Report on vaccination in Madras 1904-1921 - 1904-1921
Year: 1904
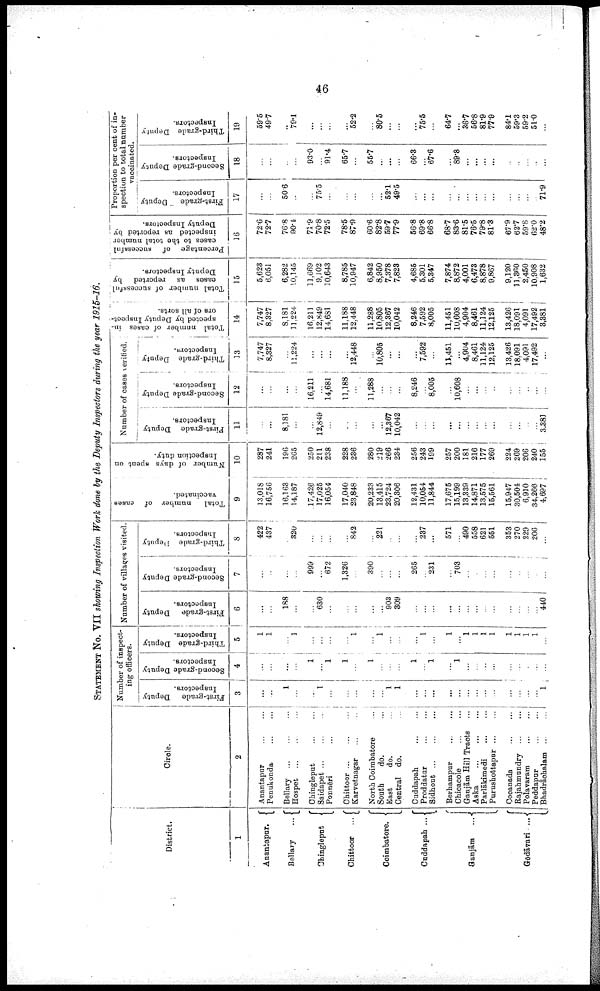
46
STATEMENT No. VII showing Inspection Work done by the Deputy Inspectors during the year 1915-16.
District.
1
Anantapur.
Bellary ...
Chingleput
Chittoor ...
Coimbatore.
Cuddapah ...
Ganjām
...
Gōdāvari ...
Circle.
2
Anantapur
...
...
Penukonda ... ...
Bellary
...
...
...
Hospet
...
...
...
Chingleput
...
...
Saidapet
...
...
...
Ponnēri ... ... ...
Chittoor
...
...
...
Karvetnagar ... ...
North Coimbatore ...
South
do. ...
East
do. ...
Central do. ...
Cuddapah
...
...
Proddator
...
...
Sidhout
...
...
...
Berhampur
...
...
Chicacole
...
...
Ganjām Hill Tracts ...
Aska
...
...
...
Parlākimedi
...
...
Purushottapur ... ...
Cocanada
...
...
Rajahmundry
...
...
Polavaram
...
...
Peddapur
...
...
Bhadrāchalam
...
...
Number of inspect¬
ing officers.
First-grade Deputy
Inspectors.
3
...
...
1
...
...
1
...
...
...
...
...
1
1
...
...
...
...
...
...
...
...
...
...
...
...
...
1
Second-grade Deputy
Inspectors.
4
...
...
...
...
1
...
1
1
...
1
...
...
...
1
...
1
...
1
...
...
...
...
...
...
...
...
...
Third-grade Deputy
Inspectors.
5
1
1
...
1
...
...
...
...
1
...
1
...
...
...
1
...
1
...
1
1
1
1
1
1
1
1
...
Number of villages visited.
First-grade Deputy
Inspectors.
6
...
...
188
...
...
630
...
...
...
...
...
903
309
...
...
...
...
...
...
...
...
...
...
...
...
...
440
Second-grade Deputy
Inspectors.
7
...
...
...
...
999
...
672
1,326
...
390
...
...
...
265
...
231
...
703
...
...
...
...
... 1
1
...
...
Third-grade Deputy
Inspectors.
8
422
437
...
320
...
...
...
...
842
...
221
...
...
...
237
...
571
...
490
558
621
551
353
270
229
206
...
Total
number of cases
vaccinated.
9
13,018
16,756
16,163
14,187
17,426
17,025
16,054
17,040
23,848
20,233
13,415
23,724
20,306
12,431
10,054
11,844
17,675
15,199
13,339
14,871
13,575
15,561
15,947
30,504
6,910
34,266
4,697
Number of days spent on
Inspection duty.
10
287
241
196
265
250
211
238
228
236
280
219
266
234
256
243
199
257
200
181
216
177
269
224
269
206
240
155
Number of cases verified.
First-grade Deputy
Inspectors.
11
...
...
8,181
...
...
12,849
...
...
...
...
...
12,367
10,042
...
...
...
...
...
...
...
...
...
...
...
...
...
3,381
Second-grade Deputy
Inspectors.
12
...
...
...
...
16,211
...
14,681
11,188
...
11,288
...
...
...
8,246
...
8,005
...
10,608
...
...
...
...
...
...
...
...
...
Third-grade Deputy
Inspectors.
13
7,747
8,327
...
11,224
...
...
...
...
12,448
...
10,805
...
...
...
7,592
...
11,451
...
4,904
8,461
11,124
12,125
13,426
18,091
4,091
17,492
...
Total number of causes in-
spected by Deputy Inspect-
ors of all sorts.
14
7,747
8,327
8,181
11,224
16,211
12,849
14,681
11,188
12,448
11,288
10,805
12,367
10,042
8,246
7,592
8,005
11,451
10,608
4,904
8,461
11,124
12,125
13,426
18,091
4,091
17,492
3,381
Total number of successful
cases as reported by
Deputy Inspectors.
15
5,623
6,051
6,282
10,145
11,669
9,102
10,643
8,785
10,947
6,842
8,950
7,378
7,823
4,685
5,301
5,347
7,874
8,872
4,001
6,473
8,878
9,867
9,120
11,360
2,450
10,908
1,632
Percentage of successful
cases to the total number
inspected as reported by
Deputy Inspectors
16
72.6
72.7
76.8
90.4
71.9
70.8
72.5
78.5
87.9
60.6
82.8
59.7
77.9
56.8
69.8
66.8
68.7
83.6
81.5
76.5
79.8
81.3
67.9
62,7
59.8
62.0
48.2
Proportion per cent of in
spection to total number
vaccinated.
First-grade
Deputy
Inspectors.
17
...
...
50.6
...
...
75.5
...
...
...
...
...
52.1
49.5
...
...
...
...
...
...
...
...
...
...
...
...
...
71.9
Second-grade Deputy
Inspectors.
18
...
...
...
93.0
...
91.4
65.7
55.7
...
...
...
66.3
...
67.6
...
89.8
...
...
...
...
...
...
...
...
...
Third-grade Deputy
Inspectors.
19
59.5
49.7
...
79.1
...
...
...
52.2
...
80.5
...
...
...
75.5
...
64.7
...
36.7
56.8
81.9
77.9
84.1
59.3
59.2
51.0
...